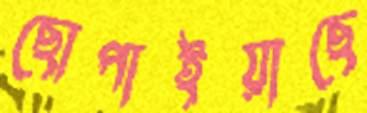
ছোপাইয়াছে